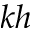
k h